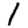
Digit: 1